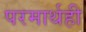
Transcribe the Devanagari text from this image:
परमार्थही